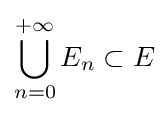
\bigcup _{n=0}^{+\infty }E_{n}\subset E